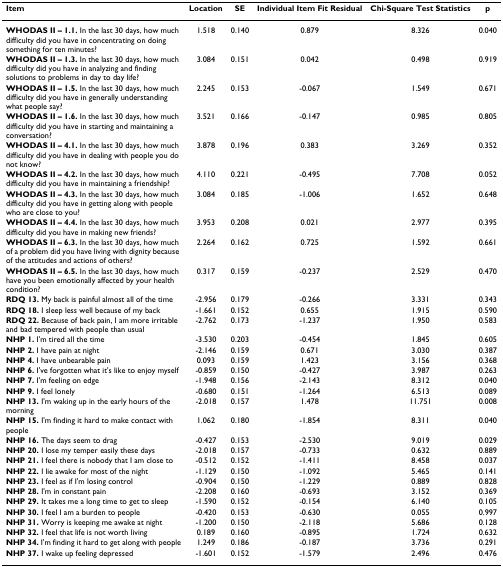
<table><thead><tr><td><b>Item</b></td><td><b>Location</b></td><td><b>SE</b></td><td><b>Individual Item Fit Residual</b></td><td><b>Chi-Square Test Statistics</b></td><td><b>p</b></td></tr></thead><tbody><tr><td><b>WHODAS II – 1.1. </b>In the last 30 days, how much difficulty did you have in concentrating on doing something for ten minutes?</td><td>1.518</td><td>0.140</td><td>0.879</td><td>8.326</td><td>0.040</td></tr><tr><td><b>WHODAS II – 1.3. </b>In the last 30 days, how much difficulty did you have in analyzing and finding solutions to problems in day to day life?</td><td>3.084</td><td>0.151</td><td>0.042</td><td>0.498</td><td>0.919</td></tr><tr><td><b>WHODAS II – 1.5. </b>In the last 30 days, how much difficulty did you have in generally understanding what people say?</td><td>2.245</td><td>0.153</td><td>-0.067</td><td>1.549</td><td>0.671</td></tr><tr><td><b>WHODAS II – 1.6. </b>In the last 30 days, how much difficulty did you have in starting and maintaining a conversation?</td><td>3.521</td><td>0.166</td><td>-0.147</td><td>0.985</td><td>0.805</td></tr><tr><td><b>WHODAS II – 4.1. </b>In the last 30 days, how much difficulty did you have in dealing with people you do not know?</td><td>3.878</td><td>0.196</td><td>0.383</td><td>3.269</td><td>0.352</td></tr><tr><td><b>WHODAS II – 4.2. </b>In the last 30 days, how much difficulty did you have in maintaining a friendship?</td><td>4.110</td><td>0.221</td><td>-0.495</td><td>7.708</td><td>0.052</td></tr><tr><td><b>WHODAS II – 4.3. </b>In the last 30 days, how much difficulty did you have in getting along with people who are close to you?</td><td>3.084</td><td>0.185</td><td>-1.006</td><td>1.652</td><td>0.648</td></tr><tr><td><b>WHODAS II – 4.4. </b>In the last 30 days, how much difficulty did you have in making new friends?</td><td>3.953</td><td>0.208</td><td>0.021</td><td>2.977</td><td>0.395</td></tr><tr><td><b>WHODAS II – 6.3. </b>In the last 30 days, how much of a problem did you have living with dignity because of the attitudes and actions of others?</td><td>2.264</td><td>0.162</td><td>0.725</td><td>1.592</td><td>0.661</td></tr><tr><td><b>WHODAS II – 6.5. </b>In the last 30 days, how much have you been emotionally affected by your health condition?</td><td>0.317</td><td>0.159</td><td>-0.237</td><td>2.529</td><td>0.470</td></tr><tr><td><b>RDQ 13. </b>My back is painful almost all of the time</td><td>-2.956</td><td>0.179</td><td>-0.266</td><td>3.331</td><td>0.343</td></tr><tr><td><b>RDQ 18. </b>I sleep less well because of my back</td><td>-1.661</td><td>0.152</td><td>0.655</td><td>1.915</td><td>0.590</td></tr><tr><td><b>RDQ 22. </b>Because of back pain, I am more irritable and bad tempered with people than usual</td><td>-2.762</td><td>0.173</td><td>-1.237</td><td>1.950</td><td>0.583</td></tr><tr><td><b>NHP 1. </b>I'm tired all the time</td><td>-3.530</td><td>0.203</td><td>-0.454</td><td>1.845</td><td>0.605</td></tr><tr><td><b>NHP 2. </b>I have pain at night</td><td>-2.146</td><td>0.159</td><td>0.671</td><td>3.030</td><td>0.387</td></tr><tr><td><b>NHP 4. </b>I have unbearable pain</td><td>0.093</td><td>0.159</td><td>1.423</td><td>3.156</td><td>0.368</td></tr><tr><td><b>NHP 6. </b>I've forgotten what it's like to enjoy myself</td><td>-0.859</td><td>0.150</td><td>-0.427</td><td>3.987</td><td>0.263</td></tr><tr><td><b>NHP 7. </b>I'm feeling on edge</td><td>-1.948</td><td>0.156</td><td>-2.143</td><td>8.312</td><td>0.040</td></tr><tr><td><b>NHP 9. </b>I feel lonely</td><td>-0.680</td><td>0.151</td><td>-1.264</td><td>6.513</td><td>0.089</td></tr><tr><td><b>NHP 13. </b>I'm waking up in the early hours of the morning</td><td>-2.018</td><td>0.157</td><td>1.478</td><td>11.751</td><td>0.008</td></tr><tr><td><b>NHP 15. </b>I'm finding it hard to make contact with people</td><td>1.062</td><td>0.180</td><td>-1.854</td><td>8.311</td><td>0.040</td></tr><tr><td><b>NHP 16. </b>The days seem to drag</td><td>-0.427</td><td>0.153</td><td>-2.530</td><td>9.019</td><td>0.029</td></tr><tr><td><b>NHP 20. </b>I lose my temper easily these days</td><td>-2.018</td><td>0.157</td><td>-0.733</td><td>0.632</td><td>0.889</td></tr><tr><td><b>NHP 21. </b>I feel there is nobody that I am close to</td><td>-0.512</td><td>0.152</td><td>-1.411</td><td>8.458</td><td>0.037</td></tr><tr><td><b>NHP 22. </b>I lie awake for most of the night</td><td>-1.129</td><td>0.150</td><td>-1.092</td><td>5.465</td><td>0.141</td></tr><tr><td><b>NHP 23. </b>I feel as if I'm losing control</td><td>-0.904</td><td>0.150</td><td>-1.229</td><td>0.889</td><td>0.828</td></tr><tr><td><b>NHP 28. </b>I'm in constant pain</td><td>-2.208</td><td>0.160</td><td>-0.693</td><td>3.152</td><td>0.369</td></tr><tr><td><b>NHP 29. </b>It takes me a long time to get to sleep</td><td>-1.590</td><td>0.152</td><td>-0.154</td><td>6.140</td><td>0.105</td></tr><tr><td><b>NHP 30. </b>I feel I am a burden to people</td><td>-0.420</td><td>0.153</td><td>-0.630</td><td>0.055</td><td>0.997</td></tr><tr><td><b>NHP 31. </b>Worry is keeping me awake at night</td><td>-1.200</td><td>0.150</td><td>-2.118</td><td>5.686</td><td>0.128</td></tr><tr><td><b>NHP 32. </b>I feel that life is not worth living</td><td>0.189</td><td>0.160</td><td>-0.895</td><td>1.724</td><td>0.632</td></tr><tr><td><b>NHP 34. </b>I'm finding it hard to get along with people</td><td>1.249</td><td>0.186</td><td>-0.187</td><td>3.736</td><td>0.291</td></tr><tr><td><b>NHP 37. </b>I wake up feeling depressed</td><td>-1.601</td><td>0.152</td><td>-1.579</td><td>2.496</td><td>0.476</td></tr></tbody></table>